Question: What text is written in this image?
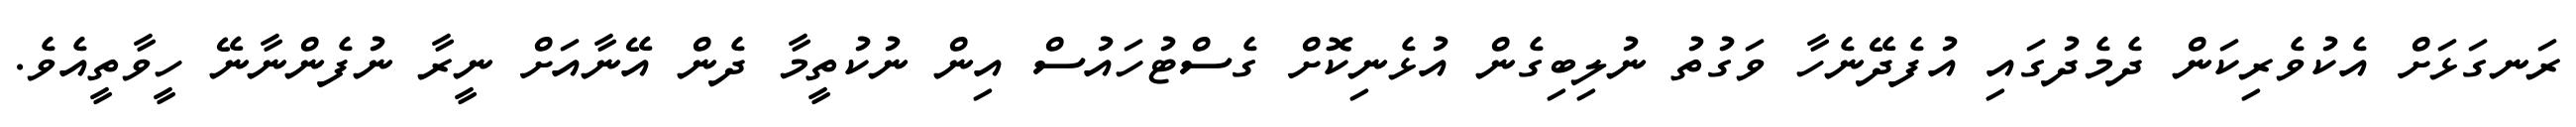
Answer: ރަނގަޅަށް އެކުވެރިކަން ދެމެދުގައި އުފެދޭނެހާ ވަގުތު ނުލިބިގެން އުޅެނިކޮށް ގެސްޓުހައުސް އިން ނުކުތީމާ ދެން އޭނާއަށް ނީރާ ނުފެންނާނޭ ހީވާތީއެވެ.